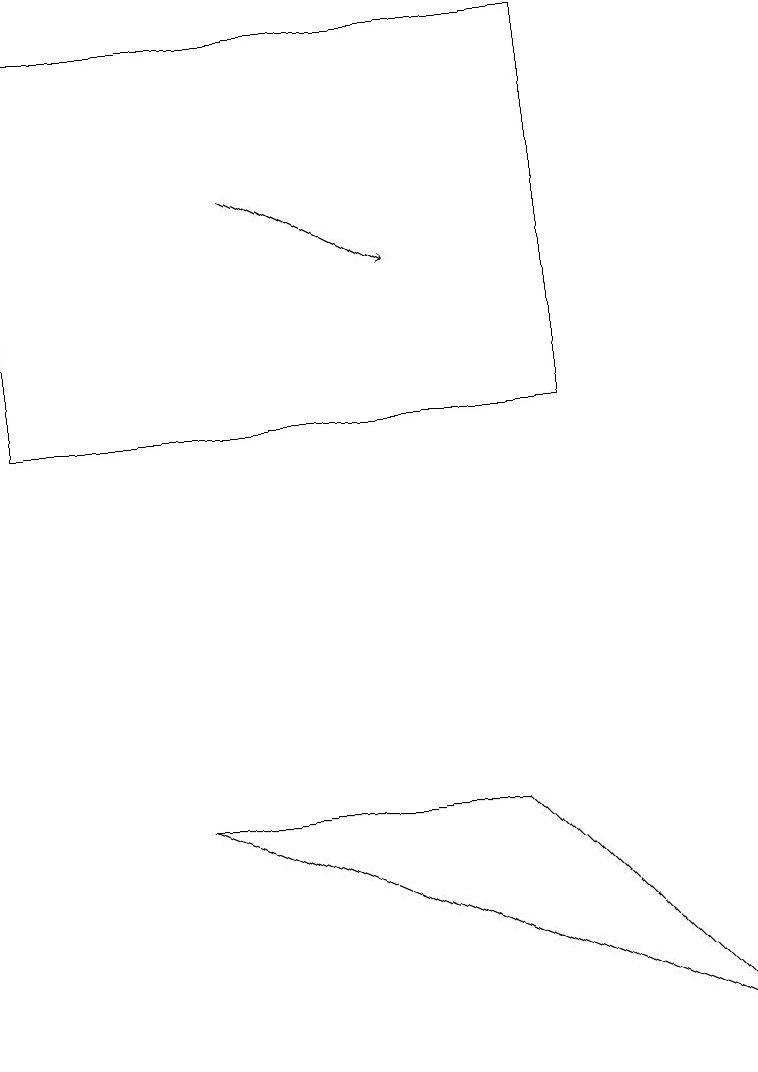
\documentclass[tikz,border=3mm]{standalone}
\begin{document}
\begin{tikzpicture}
\draw (6,8) -- (2,8) -- (9,5) -- cycle;
\draw[->] (3,16) -- (5,15);
\draw (0,13) rectangle (7,18);
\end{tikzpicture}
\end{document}